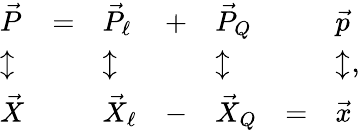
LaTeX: \begin{array}{lllllll}{{\vec{P}}}&{{=}}&{{\vec{P}_{\ell}}}&{{+}}&{{\vec{P}_{Q}}}&{{}}&{{\vec{p}}}\\ {{\updownarrow}}&{{}}&{{\updownarrow}}&{{}}&{{\updownarrow}}&{{}}&{{\updownarrow}}\\ {{\vec{X}}}&{{}}&{{\vec{X}_{\ell}}}&{{-}}&{{\vec{X}_{Q}}}&{{=}}&{{\vec{x}}}\end{array},